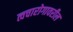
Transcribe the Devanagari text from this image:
त्वचारोगावरील